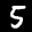
Label: 5